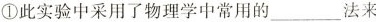
①此实验中采用了物理学中常用的___法来